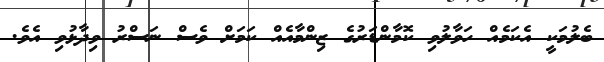
ބެލުމަކީ އެކަމެއް ހަވާލުވި ކޮމާންޑަރުގެ ޒިންމާއެއް ކަމަށް ވެސް ނަސްރު ވިދާޅުވި އެވެ.